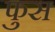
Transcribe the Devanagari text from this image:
फुस